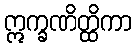
ဣက္ခဏိတ္ထိကာ